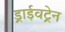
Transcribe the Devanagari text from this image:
ड्राईवट्रेन